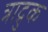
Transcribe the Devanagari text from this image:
त्राद्रुक